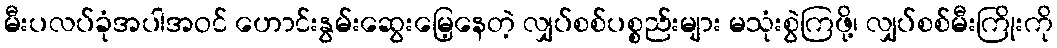
မီးပလပ်ခုံအပါအဝင် ဟောင်းနွမ်းဆွေးမြေ့နေတဲ့ လျှပ်စစ်ပစ္စည်းများ မသုံးစွဲကြဖို့၊ လျှပ်စစ်မီးကြိုးကို